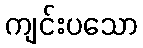
ကျင်းပသော